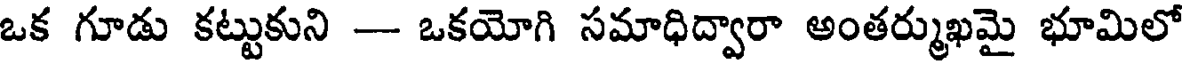
ఒక గూడు కట్టుకుని -- ఒకయోగి సమాధిద్వారా అంతర్ముఖమై భూమిలో